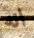
انه